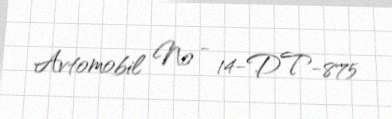
Avtomobil № - 14-DT-875